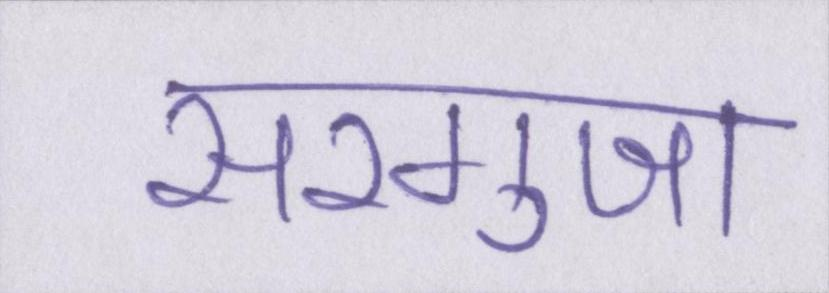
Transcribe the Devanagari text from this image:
सरगुजा